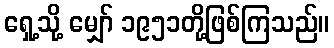
ရှေ့သို့ မျှော် ၁၉၅၁တို့ဖြစ်ကြသည်။